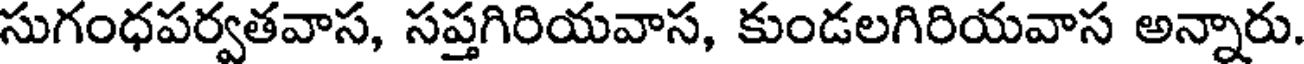
సుగంధపర్వతవాస, సప్తగిరియవాస, కుండలగిరియవాస అన్నారు.